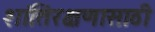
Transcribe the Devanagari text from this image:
शांतिरक्षणासाठी